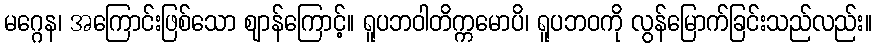
မဂ္ဂေန၊ အကြောင်းဖြစ်သော ဈာန်ကြောင့်။ ရူပဘဝါတိက္ကမောပိ၊ ရူပဘဝကို လွန်မြောက်ခြင်းသည်လည်း။